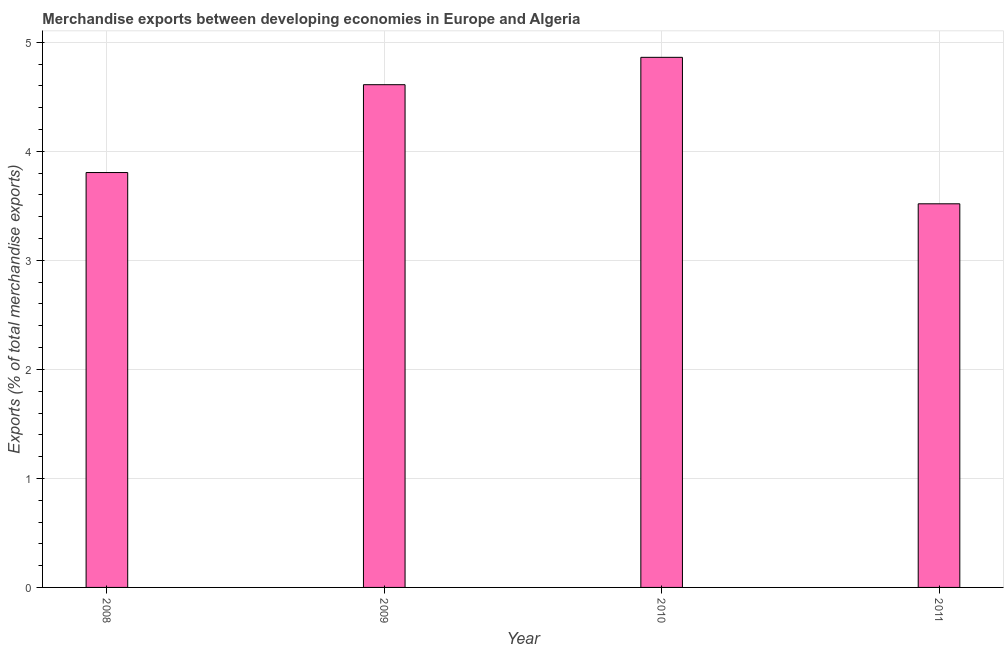
| Year | Merchandise Exports |
 | --- | --- |
 | 2008 | 3.81 |
 | 2009 | 4.61 |
 | 2010 | 4.86 |
 | 2011 | 3.52 |